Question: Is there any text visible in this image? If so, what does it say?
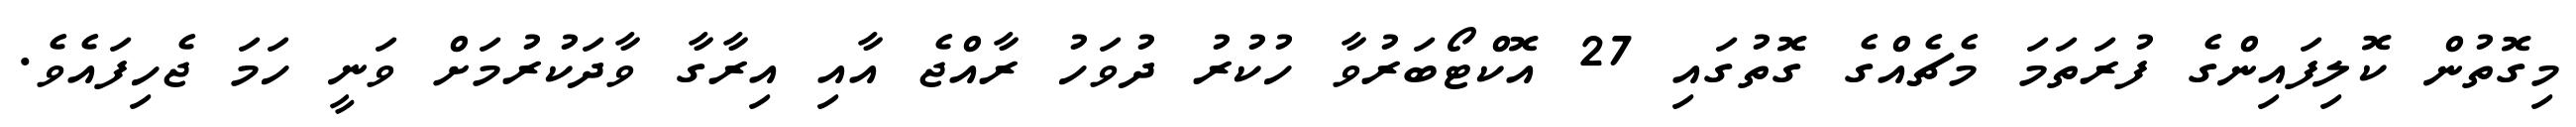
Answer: މިގޮތުން ކޮލިފައިންގެ ފުރަތަމަ މެޗެއްގެ ގޮތުގައި 27 އޮކްޓޯބަރުވާ ހުކުރު ދުވަހު ރާއްޖެ އާއި އިރާގާ ވާދަކުރުމަށް ވަނީ ހަމަ ޖެހިފައެވެ.